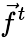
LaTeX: \vec{f}^{t}